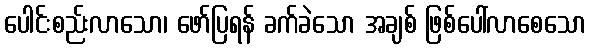
ပေါင်းစည်းလာသော၊ ဖော်ပြရန် ခက်ခဲသော အချစ် ဖြစ်ပေါ်လာစေသော